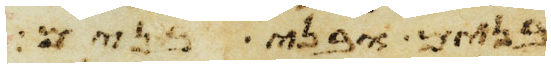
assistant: בנים ובני בנים